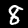
Digit: 8